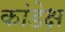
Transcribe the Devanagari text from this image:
कांडेक्ष